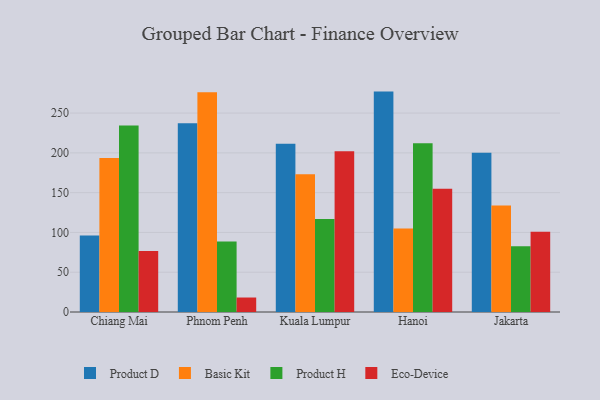
{"axis": {"x": "City", "y": "Population (Million)"}, "legend": ["Basic Kit", "Eco-Device", "Product D", "Product H"], "data": [{"x": "Chiang Mai", "y": 96.1, "type": "Product D"}, {"x": "Chiang Mai", "y": 193.4, "type": "Basic Kit"}, {"x": "Chiang Mai", "y": 234.5, "type": "Product H"}, {"x": "Chiang Mai", "y": 76.8, "type": "Eco-Device"}, {"x": "Phnom Penh", "y": 237.1, "type": "Product D"}, {"x": "Phnom Penh", "y": 276.3, "type": "Basic Kit"}, {"x": "Phnom Penh", "y": 88.5, "type": "Product H"}, {"x": "Phnom Penh", "y": 18.2, "type": "Eco-Device"}, {"x": "Kuala Lumpur", "y": 211.4, "type": "Product D"}, {"x": "Kuala Lumpur", "y": 173.1, "type": "Basic Kit"}, {"x": "Kuala Lumpur", "y": 117.0, "type": "Product H"}, {"x": "Kuala Lumpur", "y": 201.9, "type": "Eco-Device"}, {"x": "Hanoi", "y": 277.0, "type": "Product D"}, {"x": "Hanoi", "y": 104.8, "type": "Basic Kit"}, {"x": "Hanoi", "y": 212.2, "type": "Product H"}, {"x": "Hanoi", "y": 154.9, "type": "Eco-Device"}, {"x": "Jakarta", "y": 200.2, "type": "Product D"}, {"x": "Jakarta", "y": 133.7, "type": "Basic Kit"}, {"x": "Jakarta", "y": 82.7, "type": "Product H"}, {"x": "Jakarta", "y": 100.9, "type": "Eco-Device"}]}